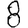
Digit: 8